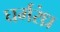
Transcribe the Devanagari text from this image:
घर्मरंध्र